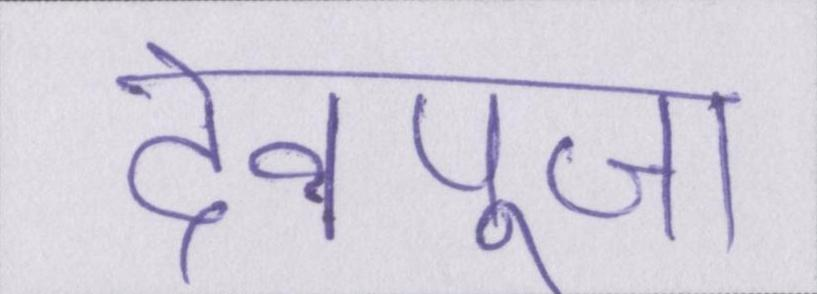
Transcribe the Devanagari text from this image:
देवपूजा